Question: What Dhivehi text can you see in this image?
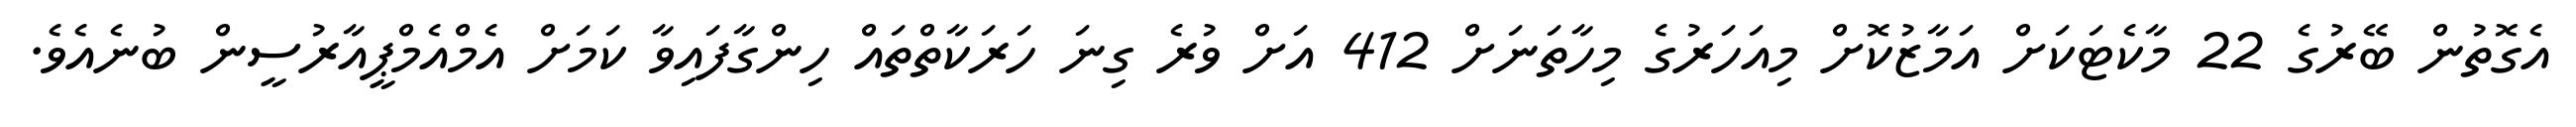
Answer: އެގޮތުން ބޭރުގެ 22 މާކެޓަކަށް އަމާޒުކޮށް މިއަހަރުގެ މިހާތަނަށް 412 އަށް ވުރެ ގިނަ ހަރަކާތްތައް ހިންގާފައިވާ ކަމަށް އެމްއެމްޕީއާރުސީން ބުނެއެވެ.